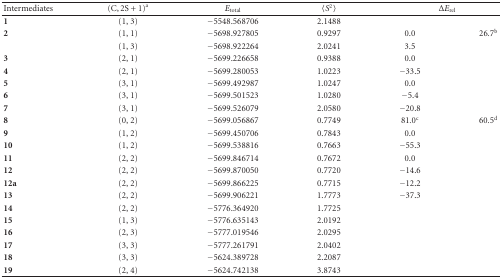
| Intermediates | (C,2S+1)a | Etotal | 〈S2〉 | <COLSPAN=2> ΔErel |
 | --- | --- | --- | --- | --- | --- |
 | 1 | (1, 3) | −5548.568706 | 2.1488 |  |  |
 | 2 | (1, 1) | −5698.927805 | 0.9297 | 0.0 | 26.7b |
 |  | (1, 3) | −5698.922264 | 2.0241 | 3.5 |  |
 | 3 | (2, 1) | −5699.226658 | 0.9388 | 0.0 |  |
 | 4 | (2, 1) | −5699.280053 | 1.0223 | −33.5 |  |
 | 5 | (3, 1) | −5699.492987 | 1.0247 | 0.0 |  |
 | 6 | (3, 1) | −5699.501523 | 1.0280 | −5.4 |  |
 | 7 | (3, 1) | −5699.526079 | 2.0580 | −20.8 |  |
 | 8 | (0, 2) | −5699.056867 | 0.7749 | 81.0c | 60.5d |
 | 9 | (1, 2) | −5699.450706 | 0.7843 | 0.0 |  |
 | 10 | (1, 2) | −5699.538816 | 0.7663 | −55.3 |  |
 | 11 | (2, 2) | −5699.846714 | 0.7672 | 0.0 |  |
 | 12 | (2, 2) | −5699.870050 | 0.7720 | −14.6 |  |
 | 12a | (2, 2) | −5699.866225 | 0.7715 | −12.2 |  |
 | 13 | (2, 2) | −5699.906221 | 1.7773 | −37.3 |  |
 | 14 | (2, 2) | −5776.364920 | 1.7725 |  |  |
 | 15 | (1, 3) | −5776.635143 | 2.0192 |  |  |
 | 16 | (2, 3) | −5777.019546 | 2.0295 |  |  |
 | 17 | (3, 3) | −5777.261791 | 2.0402 |  |  |
 | 18 | (3, 3) | −5624.389728 | 2.2087 |  |  |
 | 19 | (2, 4) | −5624.742138 | 3.8743 |  |  |